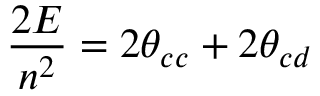
\frac { 2 E } { n ^ { 2 } } = 2 \theta _ { c c } + 2 \theta _ { c d }